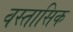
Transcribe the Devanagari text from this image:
वस्तासिक